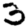
Digit: 3